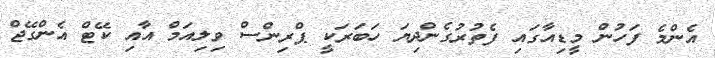
އެންމެ ފަހުން މީޑިއާގައި ފެތުރުގެންދިޔަ ހަބަރަކީ ޕްރިންސް ވިލިއަމް އާއި ކޭޓް އެންގޭޖް